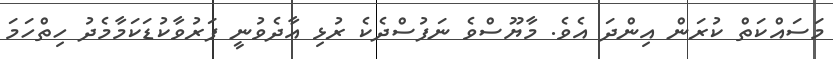
މަސައްކަތް ކުރަން އިންދަ އެވެ. މާޔޫސްވެ ނަފުސްދެކެ ރުޅި އާދެވުނީ ފަރުވާކުޑަކަމާމެދު ހިތްހަމަ